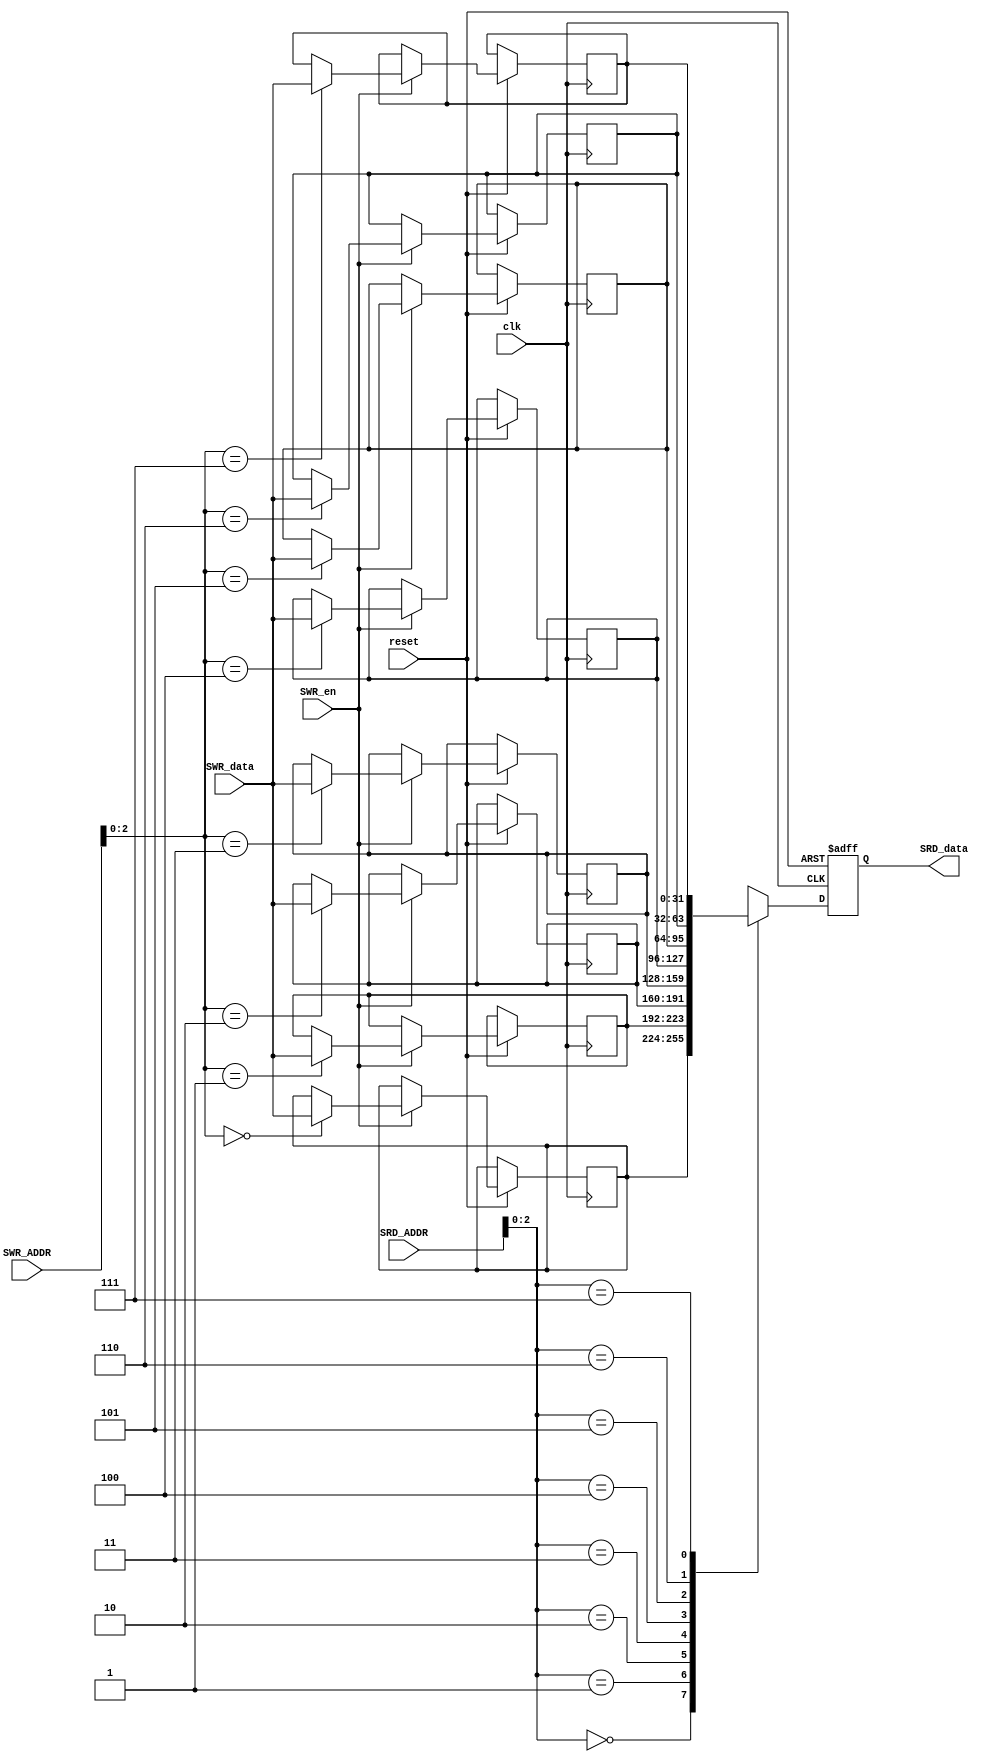
module data_memory (clk,reset,SWR_en,SWR_data,SWR_ADDR,SRD_ADDR,SRD_data);
input clk,reset,SWR_en;
input [31:0] SWR_ADDR,SRD_ADDR;
input [31:0] SWR_data;
output reg [31:0] SRD_data;

reg [31:0] mem2[7:0]; 

always @(posedge clk or negedge reset) 
begin  
     if(!reset) begin  
     SRD_data<=0;
      
    end 
     else begin 
           if (SWR_en)
            mem2[SWR_ADDR] <= SWR_data;
            
           
            SRD_data <= mem2[SRD_ADDR];
	   
    end   
  end       
endmodule